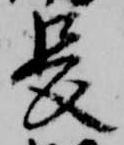
長